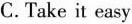
C. Take it easy